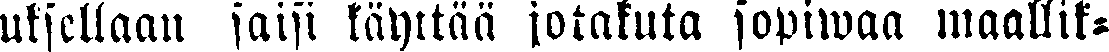
uksellaan saisi käyttää jotakuta sopiwaa maallik-